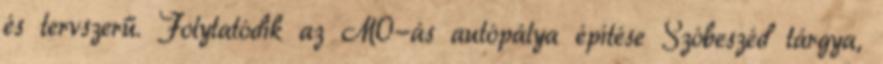
és tervszerű. Folytatódik az M0-ás autópálya építése Szóbeszéd tárgya,